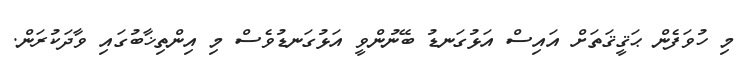
މި ހުވަފެން ޙަޤީޤަތަށް އައިސް އަޅުގަނޑު ބޭނުންވީ އަޅުގަނޑުވެސް މި އިންތިޚާބުގައި ވާދަކުރަން.